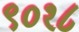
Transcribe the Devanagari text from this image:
९०१८